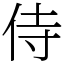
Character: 侍